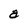
Character: a